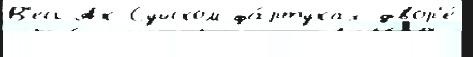
В'есь Ак-Суйском фа́ртуках двор'е́